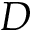
D